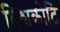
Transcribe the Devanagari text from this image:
विश्वकोटि